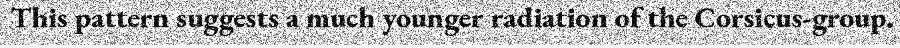
This pattern suggests a much younger radiation of the Corsicus-group.